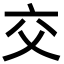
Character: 交